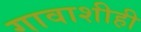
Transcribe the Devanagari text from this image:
गावाशीही